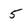
Character: 5